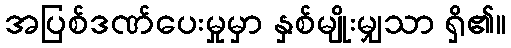
အပြစ်ဒဏ်ပေးမှုမှာ နှစ်မျိုးမျှသာ ရှိ၏။